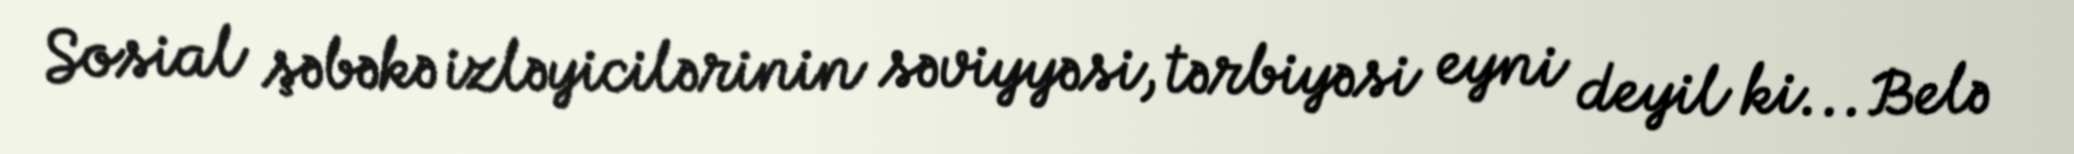
Sosial şəbəkə izləyicilərinin səviyyəsi, tərbiyəsi eyni deyil ki... Belə